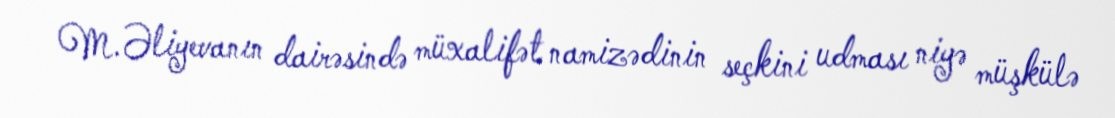
M.Əliyevanın dairəsində müxalifət namizədinin seçkini udması niyə müşkülə